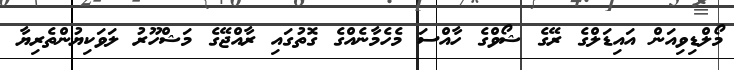
މޯލްޑިވިއަން އައިޑަލްގެ ރޭގެ ޝޯވްގެ ހާއްސަ މެހެމާނެއްގެ ގޮތުގައި ރާއްޖޭގެ މަޝްހޫރު ލަވަކިޔުންތެރިޔާ